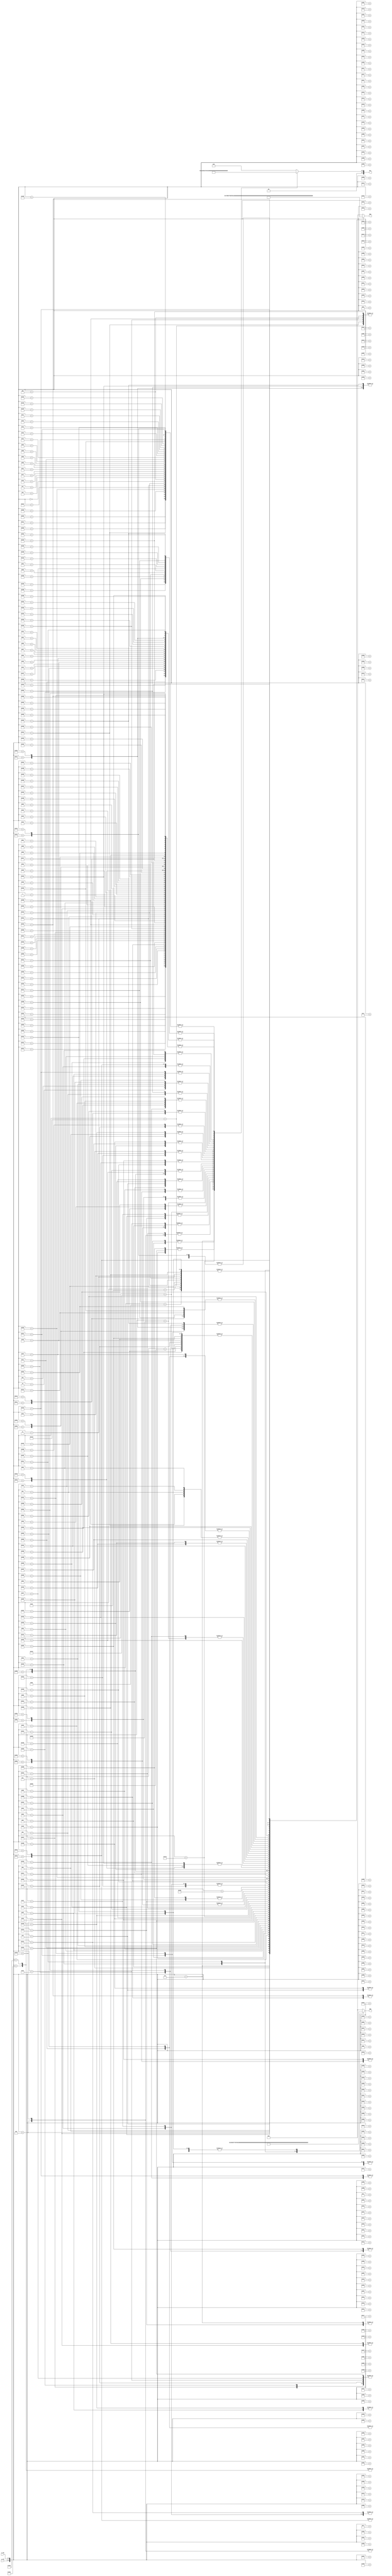
`timescale 1ns / 1ps
module ball_20x20_rom(
    input  [5:0] x_idx,
    input  [5:0] y_idx,
    output reg [7:0] RED,
    output reg [7:0] GRN,
    output reg [7:0] BLU);
always @ (*)
    case ({y_idx,x_idx})
        0:
        begin
            RED=8'd1;
            GRN=8'd0;
            BLU=8'd2;
        end
        1:
        begin
            RED=8'd0;
            GRN=8'd1;
            BLU=8'd1;
        end
        2:
        begin
            RED=8'd1;
            GRN=8'd0;
            BLU=8'd5;
        end
        3:
        begin
            RED=8'd2;
            GRN=8'd1;
            BLU=8'd1;
        end
        4:
        begin
            RED=8'd1;
            GRN=8'd2;
            BLU=8'd2;
        end
        5:
        begin
            RED=8'd23;
            GRN=8'd22;
            BLU=8'd8;
        end
        6:
        begin
            RED=8'd107;
            GRN=8'd103;
            BLU=8'd21;
        end
        7:
        begin
            RED=8'd183;
            GRN=8'd173;
            BLU=8'd32;
        end
        8:
        begin
            RED=8'd244;
            GRN=8'd235;
            BLU=8'd7;
        end
        9:
        begin
            RED=8'd254;
            GRN=8'd241;
            BLU=8'd2;
        end
        10:
        begin
            RED=8'd253;
            GRN=8'd241;
            BLU=8'd5;
        end
        11:
        begin
            RED=8'd184;
            GRN=8'd175;
            BLU=8'd31;
        end
        12:
        begin
            RED=8'd123;
            GRN=8'd119;
            BLU=8'd23;
        end
        13:
        begin
            RED=8'd33;
            GRN=8'd29;
            BLU=8'd9;
        end
        14:
        begin
            RED=8'd3;
            GRN=8'd3;
            BLU=8'd1;
        end
        15:
        begin
            RED=8'd0;
            GRN=8'd1;
            BLU=8'd2;
        end
        16:
        begin
            RED=8'd1;
            GRN=8'd0;
            BLU=8'd2;
        end
        17:
        begin
            RED=8'd1;
            GRN=8'd1;
            BLU=8'd0;
        end
        18:
        begin
            RED=8'd0;
            GRN=8'd1;
            BLU=8'd3;
        end
        19:
        begin
            RED=8'd0;
            GRN=8'd0;
            BLU=8'd0;
        end
        64:
        begin
            RED=8'd0;
            GRN=8'd1;
            BLU=8'd1;
        end
        65:
        begin
            RED=8'd2;
            GRN=8'd0;
            BLU=8'd1;
        end
        66:
        begin
            RED=8'd3;
            GRN=8'd0;
            BLU=8'd1;
        end
        67:
        begin
            RED=8'd5;
            GRN=8'd4;
            BLU=8'd1;
        end
        68:
        begin
            RED=8'd129;
            GRN=8'd120;
            BLU=8'd27;
        end
        69:
        begin
            RED=8'd234;
            GRN=8'd225;
            BLU=8'd24;
        end
        70:
        begin
            RED=8'd254;
            GRN=8'd241;
            BLU=8'd6;
        end
        71:
        begin
            RED=8'd255;
            GRN=8'd241;
            BLU=8'd2;
        end
        72:
        begin
            RED=8'd254;
            GRN=8'd242;
            BLU=8'd1;
        end
        73:
        begin
            RED=8'd252;
            GRN=8'd242;
            BLU=8'd3;
        end
        74:
        begin
            RED=8'd253;
            GRN=8'd243;
            BLU=8'd1;
        end
        75:
        begin
            RED=8'd253;
            GRN=8'd241;
            BLU=8'd3;
        end
        76:
        begin
            RED=8'd253;
            GRN=8'd242;
            BLU=8'd2;
        end
        77:
        begin
            RED=8'd241;
            GRN=8'd228;
            BLU=8'd18;
        end
        78:
        begin
            RED=8'd149;
            GRN=8'd142;
            BLU=8'd30;
        end
        79:
        begin
            RED=8'd14;
            GRN=8'd10;
            BLU=8'd3;
        end
        80:
        begin
            RED=8'd0;
            GRN=8'd0;
            BLU=8'd3;
        end
        81:
        begin
            RED=8'd0;
            GRN=8'd1;
            BLU=8'd0;
        end
        82:
        begin
            RED=8'd2;
            GRN=8'd0;
            BLU=8'd0;
        end
        83:
        begin
            RED=8'd0;
            GRN=8'd0;
            BLU=8'd0;
        end
        128:
        begin
            RED=8'd1;
            GRN=8'd0;
            BLU=8'd4;
        end
        129:
        begin
            RED=8'd3;
            GRN=8'd1;
            BLU=8'd1;
        end
        130:
        begin
            RED=8'd26;
            GRN=8'd26;
            BLU=8'd10;
        end
        131:
        begin
            RED=8'd168;
            GRN=8'd162;
            BLU=8'd29;
        end
        132:
        begin
            RED=8'd252;
            GRN=8'd242;
            BLU=8'd6;
        end
        133:
        begin
            RED=8'd254;
            GRN=8'd242;
            BLU=8'd2;
        end
        134:
        begin
            RED=8'd253;
            GRN=8'd243;
            BLU=8'd1;
        end
        135:
        begin
            RED=8'd253;
            GRN=8'd242;
            BLU=8'd3;
        end
        136:
        begin
            RED=8'd253;
            GRN=8'd242;
            BLU=8'd3;
        end
        137:
        begin
            RED=8'd254;
            GRN=8'd241;
            BLU=8'd2;
        end
        138:
        begin
            RED=8'd254;
            GRN=8'd242;
            BLU=8'd0;
        end
        139:
        begin
            RED=8'd255;
            GRN=8'd242;
            BLU=8'd1;
        end
        140:
        begin
            RED=8'd254;
            GRN=8'd242;
            BLU=8'd1;
        end
        141:
        begin
            RED=8'd253;
            GRN=8'd243;
            BLU=8'd2;
        end
        142:
        begin
            RED=8'd253;
            GRN=8'd241;
            BLU=8'd3;
        end
        143:
        begin
            RED=8'd208;
            GRN=8'd197;
            BLU=8'd26;
        end
        144:
        begin
            RED=8'd43;
            GRN=8'd41;
            BLU=8'd14;
        end
        145:
        begin
            RED=8'd0;
            GRN=8'd0;
            BLU=8'd4;
        end
        146:
        begin
            RED=8'd1;
            GRN=8'd1;
            BLU=8'd2;
        end
        147:
        begin
            RED=8'd0;
            GRN=8'd0;
            BLU=8'd0;
        end
        192:
        begin
            RED=8'd2;
            GRN=8'd1;
            BLU=8'd0;
        end
        193:
        begin
            RED=8'd8;
            GRN=8'd6;
            BLU=8'd2;
        end
        194:
        begin
            RED=8'd168;
            GRN=8'd162;
            BLU=8'd27;
        end
        195:
        begin
            RED=8'd254;
            GRN=8'd240;
            BLU=8'd7;
        end
        196:
        begin
            RED=8'd253;
            GRN=8'd241;
            BLU=8'd2;
        end
        197:
        begin
            RED=8'd254;
            GRN=8'd241;
            BLU=8'd3;
        end
        198:
        begin
            RED=8'd254;
            GRN=8'd241;
            BLU=8'd2;
        end
        199:
        begin
            RED=8'd254;
            GRN=8'd242;
            BLU=8'd0;
        end
        200:
        begin
            RED=8'd255;
            GRN=8'd241;
            BLU=8'd1;
        end
        201:
        begin
            RED=8'd254;
            GRN=8'd242;
            BLU=8'd1;
        end
        202:
        begin
            RED=8'd254;
            GRN=8'd242;
            BLU=8'd2;
        end
        203:
        begin
            RED=8'd254;
            GRN=8'd242;
            BLU=8'd2;
        end
        204:
        begin
            RED=8'd254;
            GRN=8'd242;
            BLU=8'd0;
        end
        205:
        begin
            RED=8'd254;
            GRN=8'd242;
            BLU=8'd1;
        end
        206:
        begin
            RED=8'd254;
            GRN=8'd241;
            BLU=8'd2;
        end
        207:
        begin
            RED=8'd254;
            GRN=8'd240;
            BLU=8'd4;
        end
        208:
        begin
            RED=8'd195;
            GRN=8'd184;
            BLU=8'd24;
        end
        209:
        begin
            RED=8'd19;
            GRN=8'd14;
            BLU=8'd5;
        end
        210:
        begin
            RED=8'd0;
            GRN=8'd1;
            BLU=8'd1;
        end
        211:
        begin
            RED=8'd0;
            GRN=8'd0;
            BLU=8'd0;
        end
        256:
        begin
            RED=8'd1;
            GRN=8'd1;
            BLU=8'd1;
        end
        257:
        begin
            RED=8'd140;
            GRN=8'd131;
            BLU=8'd30;
        end
        258:
        begin
            RED=8'd253;
            GRN=8'd242;
            BLU=8'd3;
        end
        259:
        begin
            RED=8'd253;
            GRN=8'd242;
            BLU=8'd1;
        end
        260:
        begin
            RED=8'd253;
            GRN=8'd242;
            BLU=8'd3;
        end
        261:
        begin
            RED=8'd253;
            GRN=8'd243;
            BLU=8'd0;
        end
        262:
        begin
            RED=8'd254;
            GRN=8'd242;
            BLU=8'd0;
        end
        263:
        begin
            RED=8'd254;
            GRN=8'd241;
            BLU=8'd1;
        end
        264:
        begin
            RED=8'd254;
            GRN=8'd242;
            BLU=8'd1;
        end
        265:
        begin
            RED=8'd254;
            GRN=8'd242;
            BLU=8'd1;
        end
        266:
        begin
            RED=8'd254;
            GRN=8'd241;
            BLU=8'd3;
        end
        267:
        begin
            RED=8'd254;
            GRN=8'd242;
            BLU=8'd1;
        end
        268:
        begin
            RED=8'd254;
            GRN=8'd241;
            BLU=8'd1;
        end
        269:
        begin
            RED=8'd254;
            GRN=8'd242;
            BLU=8'd0;
        end
        270:
        begin
            RED=8'd254;
            GRN=8'd242;
            BLU=8'd1;
        end
        271:
        begin
            RED=8'd253;
            GRN=8'd242;
            BLU=8'd2;
        end
        272:
        begin
            RED=8'd254;
            GRN=8'd241;
            BLU=8'd4;
        end
        273:
        begin
            RED=8'd171;
            GRN=8'd162;
            BLU=8'd28;
        end
        274:
        begin
            RED=8'd2;
            GRN=8'd2;
            BLU=8'd0;
        end
        275:
        begin
            RED=8'd1;
            GRN=8'd0;
            BLU=8'd0;
        end
        320:
        begin
            RED=8'd32;
            GRN=8'd29;
            BLU=8'd9;
        end
        321:
        begin
            RED=8'd237;
            GRN=8'd227;
            BLU=8'd21;
        end
        322:
        begin
            RED=8'd254;
            GRN=8'd241;
            BLU=8'd2;
        end
        323:
        begin
            RED=8'd254;
            GRN=8'd242;
            BLU=8'd0;
        end
        324:
        begin
            RED=8'd255;
            GRN=8'd241;
            BLU=8'd1;
        end
        325:
        begin
            RED=8'd254;
            GRN=8'd242;
            BLU=8'd0;
        end
        326:
        begin
            RED=8'd254;
            GRN=8'd242;
            BLU=8'd0;
        end
        327:
        begin
            RED=8'd254;
            GRN=8'd242;
            BLU=8'd0;
        end
        328:
        begin
            RED=8'd254;
            GRN=8'd242;
            BLU=8'd0;
        end
        329:
        begin
            RED=8'd254;
            GRN=8'd242;
            BLU=8'd0;
        end
        330:
        begin
            RED=8'd254;
            GRN=8'd242;
            BLU=8'd0;
        end
        331:
        begin
            RED=8'd254;
            GRN=8'd242;
            BLU=8'd0;
        end
        332:
        begin
            RED=8'd254;
            GRN=8'd242;
            BLU=8'd0;
        end
        333:
        begin
            RED=8'd254;
            GRN=8'd242;
            BLU=8'd0;
        end
        334:
        begin
            RED=8'd255;
            GRN=8'd241;
            BLU=8'd1;
        end
        335:
        begin
            RED=8'd254;
            GRN=8'd242;
            BLU=8'd0;
        end
        336:
        begin
            RED=8'd254;
            GRN=8'd241;
            BLU=8'd4;
        end
        337:
        begin
            RED=8'd248;
            GRN=8'd240;
            BLU=8'd18;
        end
        338:
        begin
            RED=8'd52;
            GRN=8'd48;
            BLU=8'd16;
        end
        339:
        begin
            RED=8'd1;
            GRN=8'd0;
            BLU=8'd1;
        end
        384:
        begin
            RED=8'd108;
            GRN=8'd103;
            BLU=8'd20;
        end
        385:
        begin
            RED=8'd254;
            GRN=8'd242;
            BLU=8'd3;
        end
        386:
        begin
            RED=8'd254;
            GRN=8'd241;
            BLU=8'd4;
        end
        387:
        begin
            RED=8'd254;
            GRN=8'd242;
            BLU=8'd1;
        end
        388:
        begin
            RED=8'd255;
            GRN=8'd242;
            BLU=8'd0;
        end
        389:
        begin
            RED=8'd254;
            GRN=8'd242;
            BLU=8'd0;
        end
        390:
        begin
            RED=8'd254;
            GRN=8'd242;
            BLU=8'd0;
        end
        391:
        begin
            RED=8'd254;
            GRN=8'd242;
            BLU=8'd0;
        end
        392:
        begin
            RED=8'd254;
            GRN=8'd242;
            BLU=8'd0;
        end
        393:
        begin
            RED=8'd254;
            GRN=8'd242;
            BLU=8'd0;
        end
        394:
        begin
            RED=8'd254;
            GRN=8'd242;
            BLU=8'd0;
        end
        395:
        begin
            RED=8'd254;
            GRN=8'd242;
            BLU=8'd0;
        end
        396:
        begin
            RED=8'd254;
            GRN=8'd242;
            BLU=8'd0;
        end
        397:
        begin
            RED=8'd254;
            GRN=8'd242;
            BLU=8'd0;
        end
        398:
        begin
            RED=8'd254;
            GRN=8'd242;
            BLU=8'd1;
        end
        399:
        begin
            RED=8'd255;
            GRN=8'd241;
            BLU=8'd1;
        end
        400:
        begin
            RED=8'd253;
            GRN=8'd242;
            BLU=8'd1;
        end
        401:
        begin
            RED=8'd253;
            GRN=8'd242;
            BLU=8'd2;
        end
        402:
        begin
            RED=8'd141;
            GRN=8'd133;
            BLU=8'd21;
        end
        403:
        begin
            RED=8'd0;
            GRN=8'd2;
            BLU=8'd1;
        end
        448:
        begin
            RED=8'd175;
            GRN=8'd168;
            BLU=8'd34;
        end
        449:
        begin
            RED=8'd253;
            GRN=8'd241;
            BLU=8'd1;
        end
        450:
        begin
            RED=8'd253;
            GRN=8'd242;
            BLU=8'd1;
        end
        451:
        begin
            RED=8'd253;
            GRN=8'd243;
            BLU=8'd0;
        end
        452:
        begin
            RED=8'd253;
            GRN=8'd241;
            BLU=8'd4;
        end
        453:
        begin
            RED=8'd254;
            GRN=8'd242;
            BLU=8'd0;
        end
        454:
        begin
            RED=8'd254;
            GRN=8'd242;
            BLU=8'd0;
        end
        455:
        begin
            RED=8'd254;
            GRN=8'd242;
            BLU=8'd0;
        end
        456:
        begin
            RED=8'd254;
            GRN=8'd242;
            BLU=8'd0;
        end
        457:
        begin
            RED=8'd254;
            GRN=8'd242;
            BLU=8'd0;
        end
        458:
        begin
            RED=8'd254;
            GRN=8'd242;
            BLU=8'd0;
        end
        459:
        begin
            RED=8'd254;
            GRN=8'd242;
            BLU=8'd0;
        end
        460:
        begin
            RED=8'd254;
            GRN=8'd242;
            BLU=8'd0;
        end
        461:
        begin
            RED=8'd254;
            GRN=8'd242;
            BLU=8'd0;
        end
        462:
        begin
            RED=8'd253;
            GRN=8'd242;
            BLU=8'd1;
        end
        463:
        begin
            RED=8'd254;
            GRN=8'd241;
            BLU=8'd3;
        end
        464:
        begin
            RED=8'd254;
            GRN=8'd242;
            BLU=8'd0;
        end
        465:
        begin
            RED=8'd253;
            GRN=8'd242;
            BLU=8'd2;
        end
        466:
        begin
            RED=8'd210;
            GRN=8'd197;
            BLU=8'd31;
        end
        467:
        begin
            RED=8'd2;
            GRN=8'd4;
            BLU=8'd1;
        end
        512:
        begin
            RED=8'd221;
            GRN=8'd209;
            BLU=8'd18;
        end
        513:
        begin
            RED=8'd253;
            GRN=8'd243;
            BLU=8'd1;
        end
        514:
        begin
            RED=8'd254;
            GRN=8'd241;
            BLU=8'd3;
        end
        515:
        begin
            RED=8'd254;
            GRN=8'd241;
            BLU=8'd0;
        end
        516:
        begin
            RED=8'd254;
            GRN=8'd242;
            BLU=8'd2;
        end
        517:
        begin
            RED=8'd254;
            GRN=8'd242;
            BLU=8'd0;
        end
        518:
        begin
            RED=8'd254;
            GRN=8'd242;
            BLU=8'd0;
        end
        519:
        begin
            RED=8'd254;
            GRN=8'd242;
            BLU=8'd0;
        end
        520:
        begin
            RED=8'd254;
            GRN=8'd242;
            BLU=8'd0;
        end
        521:
        begin
            RED=8'd254;
            GRN=8'd242;
            BLU=8'd0;
        end
        522:
        begin
            RED=8'd254;
            GRN=8'd242;
            BLU=8'd0;
        end
        523:
        begin
            RED=8'd254;
            GRN=8'd242;
            BLU=8'd0;
        end
        524:
        begin
            RED=8'd254;
            GRN=8'd242;
            BLU=8'd0;
        end
        525:
        begin
            RED=8'd254;
            GRN=8'd242;
            BLU=8'd0;
        end
        526:
        begin
            RED=8'd254;
            GRN=8'd242;
            BLU=8'd1;
        end
        527:
        begin
            RED=8'd252;
            GRN=8'd242;
            BLU=8'd3;
        end
        528:
        begin
            RED=8'd255;
            GRN=8'd241;
            BLU=8'd1;
        end
        529:
        begin
            RED=8'd252;
            GRN=8'd243;
            BLU=8'd2;
        end
        530:
        begin
            RED=8'd245;
            GRN=8'd234;
            BLU=8'd17;
        end
        531:
        begin
            RED=8'd30;
            GRN=8'd28;
            BLU=8'd9;
        end
        576:
        begin
            RED=8'd254;
            GRN=8'd241;
            BLU=8'd4;
        end
        577:
        begin
            RED=8'd252;
            GRN=8'd243;
            BLU=8'd1;
        end
        578:
        begin
            RED=8'd255;
            GRN=8'd242;
            BLU=8'd1;
        end
        579:
        begin
            RED=8'd255;
            GRN=8'd241;
            BLU=8'd1;
        end
        580:
        begin
            RED=8'd253;
            GRN=8'd242;
            BLU=8'd1;
        end
        581:
        begin
            RED=8'd254;
            GRN=8'd242;
            BLU=8'd0;
        end
        582:
        begin
            RED=8'd254;
            GRN=8'd242;
            BLU=8'd0;
        end
        583:
        begin
            RED=8'd254;
            GRN=8'd242;
            BLU=8'd0;
        end
        584:
        begin
            RED=8'd254;
            GRN=8'd242;
            BLU=8'd0;
        end
        585:
        begin
            RED=8'd254;
            GRN=8'd242;
            BLU=8'd0;
        end
        586:
        begin
            RED=8'd254;
            GRN=8'd242;
            BLU=8'd0;
        end
        587:
        begin
            RED=8'd254;
            GRN=8'd242;
            BLU=8'd0;
        end
        588:
        begin
            RED=8'd254;
            GRN=8'd242;
            BLU=8'd0;
        end
        589:
        begin
            RED=8'd254;
            GRN=8'd242;
            BLU=8'd0;
        end
        590:
        begin
            RED=8'd254;
            GRN=8'd242;
            BLU=8'd0;
        end
        591:
        begin
            RED=8'd254;
            GRN=8'd242;
            BLU=8'd0;
        end
        592:
        begin
            RED=8'd254;
            GRN=8'd242;
            BLU=8'd0;
        end
        593:
        begin
            RED=8'd254;
            GRN=8'd242;
            BLU=8'd0;
        end
        594:
        begin
            RED=8'd253;
            GRN=8'd241;
            BLU=8'd9;
        end
        595:
        begin
            RED=8'd35;
            GRN=8'd33;
            BLU=8'd7;
        end
        640:
        begin
            RED=8'd250;
            GRN=8'd240;
            BLU=8'd10;
        end
        641:
        begin
            RED=8'd253;
            GRN=8'd242;
            BLU=8'd2;
        end
        642:
        begin
            RED=8'd255;
            GRN=8'd241;
            BLU=8'd0;
        end
        643:
        begin
            RED=8'd255;
            GRN=8'd242;
            BLU=8'd1;
        end
        644:
        begin
            RED=8'd253;
            GRN=8'd243;
            BLU=8'd0;
        end
        645:
        begin
            RED=8'd254;
            GRN=8'd242;
            BLU=8'd0;
        end
        646:
        begin
            RED=8'd254;
            GRN=8'd242;
            BLU=8'd0;
        end
        647:
        begin
            RED=8'd254;
            GRN=8'd242;
            BLU=8'd0;
        end
        648:
        begin
            RED=8'd254;
            GRN=8'd242;
            BLU=8'd0;
        end
        649:
        begin
            RED=8'd254;
            GRN=8'd242;
            BLU=8'd0;
        end
        650:
        begin
            RED=8'd254;
            GRN=8'd242;
            BLU=8'd0;
        end
        651:
        begin
            RED=8'd254;
            GRN=8'd242;
            BLU=8'd0;
        end
        652:
        begin
            RED=8'd254;
            GRN=8'd242;
            BLU=8'd0;
        end
        653:
        begin
            RED=8'd254;
            GRN=8'd242;
            BLU=8'd0;
        end
        654:
        begin
            RED=8'd254;
            GRN=8'd242;
            BLU=8'd0;
        end
        655:
        begin
            RED=8'd254;
            GRN=8'd242;
            BLU=8'd0;
        end
        656:
        begin
            RED=8'd254;
            GRN=8'd242;
            BLU=8'd0;
        end
        657:
        begin
            RED=8'd254;
            GRN=8'd242;
            BLU=8'd0;
        end
        658:
        begin
            RED=8'd252;
            GRN=8'd241;
            BLU=8'd10;
        end
        659:
        begin
            RED=8'd35;
            GRN=8'd33;
            BLU=8'd7;
        end
        704:
        begin
            RED=8'd181;
            GRN=8'd173;
            BLU=8'd27;
        end
        705:
        begin
            RED=8'd254;
            GRN=8'd241;
            BLU=8'd2;
        end
        706:
        begin
            RED=8'd255;
            GRN=8'd242;
            BLU=8'd1;
        end
        707:
        begin
            RED=8'd254;
            GRN=8'd242;
            BLU=8'd1;
        end
        708:
        begin
            RED=8'd254;
            GRN=8'd242;
            BLU=8'd0;
        end
        709:
        begin
            RED=8'd254;
            GRN=8'd242;
            BLU=8'd0;
        end
        710:
        begin
            RED=8'd254;
            GRN=8'd242;
            BLU=8'd0;
        end
        711:
        begin
            RED=8'd254;
            GRN=8'd242;
            BLU=8'd0;
        end
        712:
        begin
            RED=8'd254;
            GRN=8'd242;
            BLU=8'd0;
        end
        713:
        begin
            RED=8'd254;
            GRN=8'd242;
            BLU=8'd0;
        end
        714:
        begin
            RED=8'd254;
            GRN=8'd242;
            BLU=8'd0;
        end
        715:
        begin
            RED=8'd254;
            GRN=8'd242;
            BLU=8'd0;
        end
        716:
        begin
            RED=8'd254;
            GRN=8'd242;
            BLU=8'd0;
        end
        717:
        begin
            RED=8'd254;
            GRN=8'd242;
            BLU=8'd0;
        end
        718:
        begin
            RED=8'd254;
            GRN=8'd242;
            BLU=8'd0;
        end
        719:
        begin
            RED=8'd254;
            GRN=8'd242;
            BLU=8'd0;
        end
        720:
        begin
            RED=8'd254;
            GRN=8'd242;
            BLU=8'd0;
        end
        721:
        begin
            RED=8'd254;
            GRN=8'd242;
            BLU=8'd0;
        end
        722:
        begin
            RED=8'd221;
            GRN=8'd213;
            BLU=8'd26;
        end
        723:
        begin
            RED=8'd14;
            GRN=8'd11;
            BLU=8'd3;
        end
        768:
        begin
            RED=8'd135;
            GRN=8'd130;
            BLU=8'd25;
        end
        769:
        begin
            RED=8'd254;
            GRN=8'd242;
            BLU=8'd1;
        end
        770:
        begin
            RED=8'd254;
            GRN=8'd241;
            BLU=8'd1;
        end
        771:
        begin
            RED=8'd254;
            GRN=8'd241;
            BLU=8'd2;
        end
        772:
        begin
            RED=8'd255;
            GRN=8'd241;
            BLU=8'd0;
        end
        773:
        begin
            RED=8'd254;
            GRN=8'd242;
            BLU=8'd0;
        end
        774:
        begin
            RED=8'd254;
            GRN=8'd242;
            BLU=8'd0;
        end
        775:
        begin
            RED=8'd254;
            GRN=8'd242;
            BLU=8'd0;
        end
        776:
        begin
            RED=8'd254;
            GRN=8'd242;
            BLU=8'd0;
        end
        777:
        begin
            RED=8'd254;
            GRN=8'd242;
            BLU=8'd0;
        end
        778:
        begin
            RED=8'd254;
            GRN=8'd242;
            BLU=8'd0;
        end
        779:
        begin
            RED=8'd254;
            GRN=8'd242;
            BLU=8'd0;
        end
        780:
        begin
            RED=8'd254;
            GRN=8'd242;
            BLU=8'd0;
        end
        781:
        begin
            RED=8'd254;
            GRN=8'd242;
            BLU=8'd0;
        end
        782:
        begin
            RED=8'd254;
            GRN=8'd242;
            BLU=8'd0;
        end
        783:
        begin
            RED=8'd254;
            GRN=8'd242;
            BLU=8'd0;
        end
        784:
        begin
            RED=8'd254;
            GRN=8'd242;
            BLU=8'd0;
        end
        785:
        begin
            RED=8'd254;
            GRN=8'd242;
            BLU=8'd0;
        end
        786:
        begin
            RED=8'd168;
            GRN=8'd160;
            BLU=8'd23;
        end
        787:
        begin
            RED=8'd3;
            GRN=8'd2;
            BLU=8'd2;
        end
        832:
        begin
            RED=8'd72;
            GRN=8'd70;
            BLU=8'd16;
        end
        833:
        begin
            RED=8'd252;
            GRN=8'd241;
            BLU=8'd11;
        end
        834:
        begin
            RED=8'd253;
            GRN=8'd242;
            BLU=8'd1;
        end
        835:
        begin
            RED=8'd254;
            GRN=8'd241;
            BLU=8'd3;
        end
        836:
        begin
            RED=8'd255;
            GRN=8'd241;
            BLU=8'd1;
        end
        837:
        begin
            RED=8'd254;
            GRN=8'd242;
            BLU=8'd0;
        end
        838:
        begin
            RED=8'd254;
            GRN=8'd242;
            BLU=8'd0;
        end
        839:
        begin
            RED=8'd254;
            GRN=8'd242;
            BLU=8'd0;
        end
        840:
        begin
            RED=8'd254;
            GRN=8'd242;
            BLU=8'd0;
        end
        841:
        begin
            RED=8'd254;
            GRN=8'd242;
            BLU=8'd0;
        end
        842:
        begin
            RED=8'd254;
            GRN=8'd242;
            BLU=8'd0;
        end
        843:
        begin
            RED=8'd254;
            GRN=8'd242;
            BLU=8'd0;
        end
        844:
        begin
            RED=8'd254;
            GRN=8'd242;
            BLU=8'd0;
        end
        845:
        begin
            RED=8'd254;
            GRN=8'd242;
            BLU=8'd0;
        end
        846:
        begin
            RED=8'd254;
            GRN=8'd241;
            BLU=8'd0;
        end
        847:
        begin
            RED=8'd254;
            GRN=8'd242;
            BLU=8'd0;
        end
        848:
        begin
            RED=8'd254;
            GRN=8'd242;
            BLU=8'd0;
        end
        849:
        begin
            RED=8'd252;
            GRN=8'd241;
            BLU=8'd6;
        end
        850:
        begin
            RED=8'd106;
            GRN=8'd100;
            BLU=8'd22;
        end
        851:
        begin
            RED=8'd1;
            GRN=8'd1;
            BLU=8'd1;
        end
        896:
        begin
            RED=8'd6;
            GRN=8'd5;
            BLU=8'd1;
        end
        897:
        begin
            RED=8'd189;
            GRN=8'd182;
            BLU=8'd25;
        end
        898:
        begin
            RED=8'd254;
            GRN=8'd241;
            BLU=8'd2;
        end
        899:
        begin
            RED=8'd254;
            GRN=8'd241;
            BLU=8'd1;
        end
        900:
        begin
            RED=8'd252;
            GRN=8'd243;
            BLU=8'd0;
        end
        901:
        begin
            RED=8'd254;
            GRN=8'd242;
            BLU=8'd0;
        end
        902:
        begin
            RED=8'd254;
            GRN=8'd242;
            BLU=8'd0;
        end
        903:
        begin
            RED=8'd254;
            GRN=8'd242;
            BLU=8'd0;
        end
        904:
        begin
            RED=8'd254;
            GRN=8'd242;
            BLU=8'd0;
        end
        905:
        begin
            RED=8'd254;
            GRN=8'd242;
            BLU=8'd0;
        end
        906:
        begin
            RED=8'd254;
            GRN=8'd242;
            BLU=8'd0;
        end
        907:
        begin
            RED=8'd254;
            GRN=8'd242;
            BLU=8'd0;
        end
        908:
        begin
            RED=8'd254;
            GRN=8'd242;
            BLU=8'd0;
        end
        909:
        begin
            RED=8'd254;
            GRN=8'd242;
            BLU=8'd0;
        end
        910:
        begin
            RED=8'd254;
            GRN=8'd241;
            BLU=8'd1;
        end
        911:
        begin
            RED=8'd254;
            GRN=8'd242;
            BLU=8'd0;
        end
        912:
        begin
            RED=8'd253;
            GRN=8'd243;
            BLU=8'd1;
        end
        913:
        begin
            RED=8'd219;
            GRN=8'd210;
            BLU=8'd25;
        end
        914:
        begin
            RED=8'd9;
            GRN=8'd7;
            BLU=8'd2;
        end
        915:
        begin
            RED=8'd0;
            GRN=8'd0;
            BLU=8'd0;
        end
        960:
        begin
            RED=8'd1;
            GRN=8'd1;
            BLU=8'd1;
        end
        961:
        begin
            RED=8'd49;
            GRN=8'd48;
            BLU=8'd14;
        end
        962:
        begin
            RED=8'd231;
            GRN=8'd221;
            BLU=8'd21;
        end
        963:
        begin
            RED=8'd255;
            GRN=8'd241;
            BLU=8'd2;
        end
        964:
        begin
            RED=8'd253;
            GRN=8'd242;
            BLU=8'd1;
        end
        965:
        begin
            RED=8'd254;
            GRN=8'd242;
            BLU=8'd0;
        end
        966:
        begin
            RED=8'd254;
            GRN=8'd242;
            BLU=8'd0;
        end
        967:
        begin
            RED=8'd254;
            GRN=8'd242;
            BLU=8'd0;
        end
        968:
        begin
            RED=8'd254;
            GRN=8'd242;
            BLU=8'd0;
        end
        969:
        begin
            RED=8'd254;
            GRN=8'd242;
            BLU=8'd0;
        end
        970:
        begin
            RED=8'd254;
            GRN=8'd242;
            BLU=8'd0;
        end
        971:
        begin
            RED=8'd254;
            GRN=8'd242;
            BLU=8'd0;
        end
        972:
        begin
            RED=8'd254;
            GRN=8'd242;
            BLU=8'd0;
        end
        973:
        begin
            RED=8'd254;
            GRN=8'd242;
            BLU=8'd0;
        end
        974:
        begin
            RED=8'd254;
            GRN=8'd242;
            BLU=8'd0;
        end
        975:
        begin
            RED=8'd255;
            GRN=8'd240;
            BLU=8'd1;
        end
        976:
        begin
            RED=8'd242;
            GRN=8'd230;
            BLU=8'd17;
        end
        977:
        begin
            RED=8'd70;
            GRN=8'd72;
            BLU=8'd17;
        end
        978:
        begin
            RED=8'd1;
            GRN=8'd0;
            BLU=8'd1;
        end
        979:
        begin
            RED=8'd0;
            GRN=8'd0;
            BLU=8'd0;
        end
        1024:
        begin
            RED=8'd0;
            GRN=8'd0;
            BLU=8'd3;
        end
        1025:
        begin
            RED=8'd0;
            GRN=8'd0;
            BLU=8'd4;
        end
        1026:
        begin
            RED=8'd74;
            GRN=8'd72;
            BLU=8'd17;
        end
        1027:
        begin
            RED=8'd246;
            GRN=8'd236;
            BLU=8'd20;
        end
        1028:
        begin
            RED=8'd255;
            GRN=8'd240;
            BLU=8'd3;
        end
        1029:
        begin
            RED=8'd254;
            GRN=8'd242;
            BLU=8'd0;
        end
        1030:
        begin
            RED=8'd254;
            GRN=8'd242;
            BLU=8'd0;
        end
        1031:
        begin
            RED=8'd254;
            GRN=8'd242;
            BLU=8'd0;
        end
        1032:
        begin
            RED=8'd254;
            GRN=8'd242;
            BLU=8'd0;
        end
        1033:
        begin
            RED=8'd254;
            GRN=8'd242;
            BLU=8'd0;
        end
        1034:
        begin
            RED=8'd254;
            GRN=8'd242;
            BLU=8'd0;
        end
        1035:
        begin
            RED=8'd254;
            GRN=8'd242;
            BLU=8'd0;
        end
        1036:
        begin
            RED=8'd254;
            GRN=8'd242;
            BLU=8'd0;
        end
        1037:
        begin
            RED=8'd254;
            GRN=8'd242;
            BLU=8'd0;
        end
        1038:
        begin
            RED=8'd253;
            GRN=8'd242;
            BLU=8'd1;
        end
        1039:
        begin
            RED=8'd249;
            GRN=8'd239;
            BLU=8'd17;
        end
        1040:
        begin
            RED=8'd106;
            GRN=8'd99;
            BLU=8'd24;
        end
        1041:
        begin
            RED=8'd2;
            GRN=8'd1;
            BLU=8'd2;
        end
        1042:
        begin
            RED=8'd1;
            GRN=8'd0;
            BLU=8'd2;
        end
        1043:
        begin
            RED=8'd0;
            GRN=8'd0;
            BLU=8'd0;
        end
        1088:
        begin
            RED=8'd1;
            GRN=8'd2;
            BLU=8'd1;
        end
        1089:
        begin
            RED=8'd1;
            GRN=8'd0;
            BLU=8'd2;
        end
        1090:
        begin
            RED=8'd2;
            GRN=8'd1;
            BLU=8'd1;
        end
        1091:
        begin
            RED=8'd57;
            GRN=8'd55;
            BLU=8'd16;
        end
        1092:
        begin
            RED=8'd227;
            GRN=8'd214;
            BLU=8'd26;
        end
        1093:
        begin
            RED=8'd253;
            GRN=8'd241;
            BLU=8'd4;
        end
        1094:
        begin
            RED=8'd254;
            GRN=8'd242;
            BLU=8'd0;
        end
        1095:
        begin
            RED=8'd254;
            GRN=8'd242;
            BLU=8'd0;
        end
        1096:
        begin
            RED=8'd254;
            GRN=8'd242;
            BLU=8'd0;
        end
        1097:
        begin
            RED=8'd254;
            GRN=8'd242;
            BLU=8'd0;
        end
        1098:
        begin
            RED=8'd254;
            GRN=8'd242;
            BLU=8'd0;
        end
        1099:
        begin
            RED=8'd254;
            GRN=8'd242;
            BLU=8'd0;
        end
        1100:
        begin
            RED=8'd254;
            GRN=8'd242;
            BLU=8'd0;
        end
        1101:
        begin
            RED=8'd254;
            GRN=8'd241;
            BLU=8'd3;
        end
        1102:
        begin
            RED=8'd237;
            GRN=8'd226;
            BLU=8'd23;
        end
        1103:
        begin
            RED=8'd77;
            GRN=8'd73;
            BLU=8'd20;
        end
        1104:
        begin
            RED=8'd3;
            GRN=8'd2;
            BLU=8'd1;
        end
        1105:
        begin
            RED=8'd1;
            GRN=8'd1;
            BLU=8'd1;
        end
        1106:
        begin
            RED=8'd0;
            GRN=8'd0;
            BLU=8'd0;
        end
        1107:
        begin
            RED=8'd0;
            GRN=8'd0;
            BLU=8'd0;
        end
        1152:
        begin
            RED=8'd0;
            GRN=8'd0;
            BLU=8'd0;
        end
        1153:
        begin
            RED=8'd0;
            GRN=8'd0;
            BLU=8'd0;
        end
        1154:
        begin
            RED=8'd0;
            GRN=8'd0;
            BLU=8'd0;
        end
        1155:
        begin
            RED=8'd0;
            GRN=8'd0;
            BLU=8'd0;
        end
        1156:
        begin
            RED=8'd14;
            GRN=8'd11;
            BLU=8'd3;
        end
        1157:
        begin
            RED=8'd113;
            GRN=8'd110;
            BLU=8'd24;
        end
        1158:
        begin
            RED=8'd212;
            GRN=8'd205;
            BLU=8'd31;
        end
        1159:
        begin
            RED=8'd252;
            GRN=8'd240;
            BLU=8'd12;
        end
        1160:
        begin
            RED=8'd254;
            GRN=8'd241;
            BLU=8'd4;
        end
        1161:
        begin
            RED=8'd251;
            GRN=8'd243;
            BLU=8'd4;
        end
        1162:
        begin
            RED=8'd253;
            GRN=8'd241;
            BLU=8'd4;
        end
        1163:
        begin
            RED=8'd253;
            GRN=8'd241;
            BLU=8'd12;
        end
        1164:
        begin
            RED=8'd223;
            GRN=8'd215;
            BLU=8'd28;
        end
        1165:
        begin
            RED=8'd126;
            GRN=8'd121;
            BLU=8'd24;
        end
        1166:
        begin
            RED=8'd22;
            GRN=8'd23;
            BLU=8'd8;
        end
        1167:
        begin
            RED=8'd2;
            GRN=8'd1;
            BLU=8'd5;
        end
        1168:
        begin
            RED=8'd0;
            GRN=8'd0;
            BLU=8'd2;
        end
        1169:
        begin
            RED=8'd0;
            GRN=8'd1;
            BLU=8'd0;
        end
        1170:
        begin
            RED=8'd0;
            GRN=8'd0;
            BLU=8'd1;
        end
        1171:
        begin
            RED=8'd0;
            GRN=8'd0;
            BLU=8'd0;
        end
        1216:
        begin
            RED=8'd0;
            GRN=8'd0;
            BLU=8'd0;
        end
        1217:
        begin
            RED=8'd0;
            GRN=8'd0;
            BLU=8'd0;
        end
        1218:
        begin
            RED=8'd0;
            GRN=8'd0;
            BLU=8'd0;
        end
        1219:
        begin
            RED=8'd0;
            GRN=8'd0;
            BLU=8'd0;
        end
        1220:
        begin
            RED=8'd0;
            GRN=8'd0;
            BLU=8'd0;
        end
        1221:
        begin
            RED=8'd2;
            GRN=8'd1;
            BLU=8'd2;
        end
        1222:
        begin
            RED=8'd7;
            GRN=8'd5;
            BLU=8'd1;
        end
        1223:
        begin
            RED=8'd41;
            GRN=8'd39;
            BLU=8'd10;
        end
        1224:
        begin
            RED=8'd102;
            GRN=8'd99;
            BLU=8'd26;
        end
        1225:
        begin
            RED=8'd114;
            GRN=8'd106;
            BLU=8'd29;
        end
        1226:
        begin
            RED=8'd110;
            GRN=8'd106;
            BLU=8'd29;
        end
        1227:
        begin
            RED=8'd44;
            GRN=8'd40;
            BLU=8'd10;
        end
        1228:
        begin
            RED=8'd11;
            GRN=8'd9;
            BLU=8'd3;
        end
        1229:
        begin
            RED=8'd2;
            GRN=8'd1;
            BLU=8'd2;
        end
        1230:
        begin
            RED=8'd2;
            GRN=8'd1;
            BLU=8'd4;
        end
        1231:
        begin
            RED=8'd1;
            GRN=8'd1;
            BLU=8'd3;
        end
        1232:
        begin
            RED=8'd0;
            GRN=8'd0;
            BLU=8'd0;
        end
        1233:
        begin
            RED=8'd0;
            GRN=8'd0;
            BLU=8'd1;
        end
        1234:
        begin
            RED=8'd0;
            GRN=8'd0;
            BLU=8'd1;
        end
        1235:
        begin
            RED=8'd0;
            GRN=8'd0;
            BLU=8'd0;
        end
        default:
        begin
            RED=8'h00;
            GRN=8'h00;
            BLU=8'h00;
        end
     endcase
endmodule